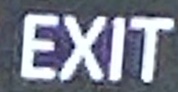
EXIT